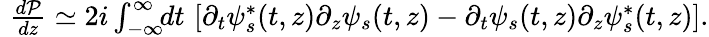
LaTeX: \begin{array}{rlr}&{}&{\! \! \! \! \! \! \! \! \! \! \frac{d{\cal P}}{dz}\simeq 2i\int_{-\infty}^{\infty}\! \! dt\, \left[\partial_{t}\psi_{s}^{*}(t,z)\partial_{z}\psi_{s}(t,z)-\partial_{t}\psi_{s}(t,z)\partial_{z}\psi_{s}^{*}(t,z)\right].}\end{array}